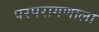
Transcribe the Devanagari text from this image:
परपरागणाला